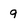
Character: 9